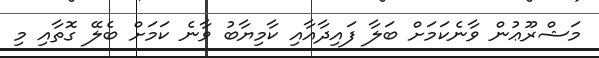
މަޝްރޫޢުން ވާނެކަމަށް ބަލާ ފައިދާއާއި ކާމިޔާބު ވާނެ ކަމަށް ބެލޭ ގޮތާއި މި